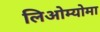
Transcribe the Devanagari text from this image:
लिओम्योमा